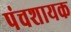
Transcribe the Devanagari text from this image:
पंचशायक